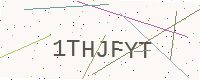
Text: 1THJFYT